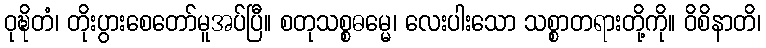
ဝုဍ္ဎိတံ၊ တိုးပွားစေတော်မူအပ်ပြီ။ စတုသစ္စဓမ္မေ၊ လေးပါးသော သစ္စာတရားတို့ကို။ ဝိစိနာတိ၊